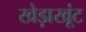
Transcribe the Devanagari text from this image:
खेड़ाखूंट